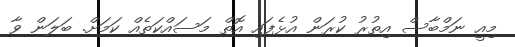
މިއީ ނަމްބާސް އިތުރު ކުރަން އުޅެފައި އޮތް މަސައްކަތެއް ކަމަށް. ބަލަން ވާ